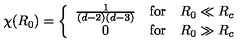
\chi ( R _ { 0 } ) = \left\{ \begin{array} { c c c } { \frac { 1 } { ( d - 2 ) ( d - 3 ) } } & { \mathrm { f o r } } & { R _ { 0 } \ll R _ { c } } \\ { 0 } & { \mathrm { f o r } } & { R _ { 0 } \gg R _ { c } } \\ \end{array} \right.